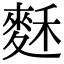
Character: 𪌗